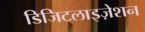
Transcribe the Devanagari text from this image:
डिजिटलाइज़ेशन